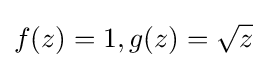
f(z)=1,g(z)={\sqrt {z}}